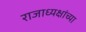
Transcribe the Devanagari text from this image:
राजाध्यक्षांच्या